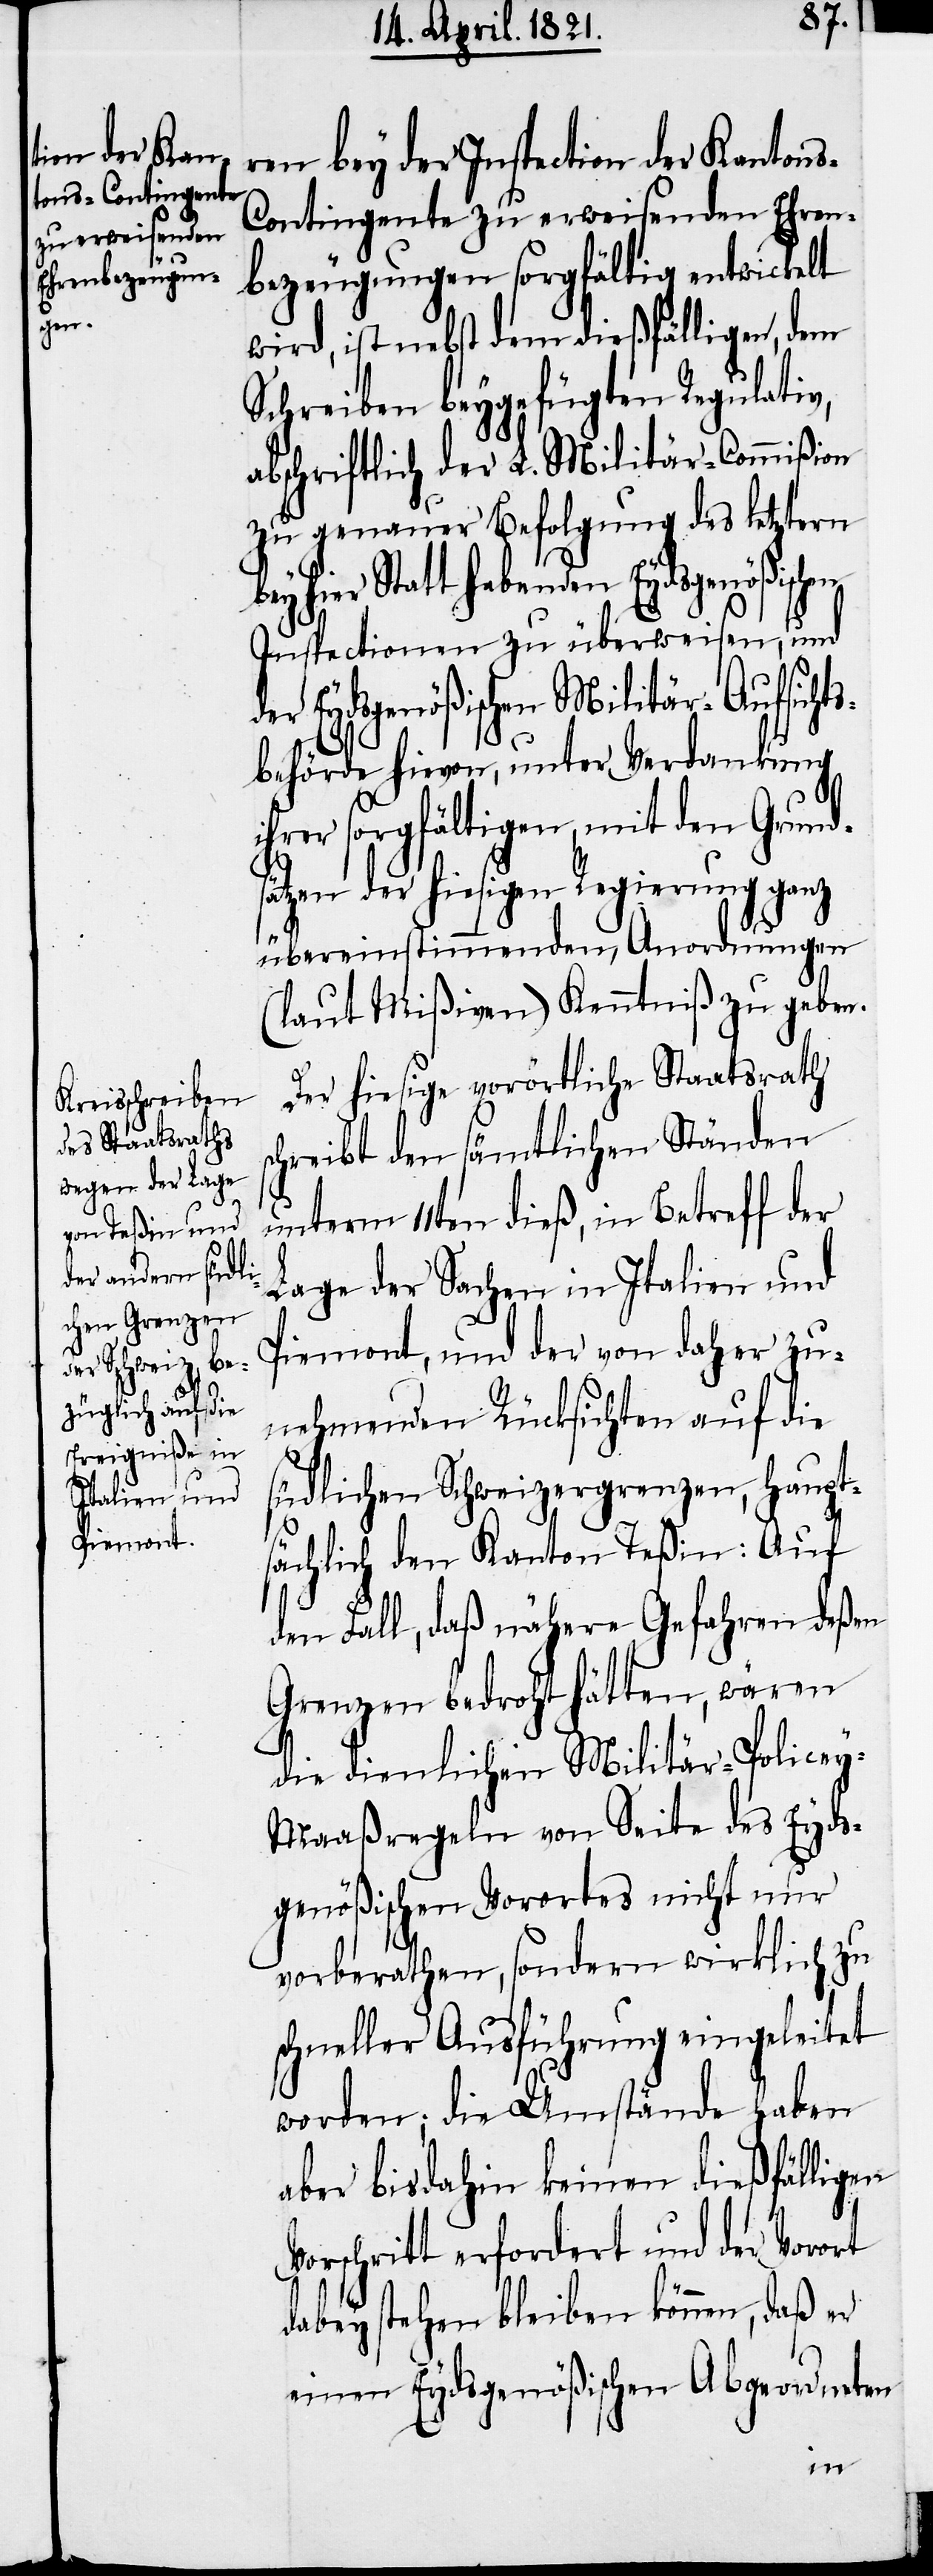
ren bey der Inspection der Kanton¬
s-Contingente zu erweisenden Ehren¬
bezeugungen sorgfältig entwickelt
wird, ist nebst dem dießfälligen, dem
Schreiben beygefügten Regulativ,
abschriftlich der L. Militär-Commißion
zu genauer Befolgung des letztern
hier Statt habenden Eydsgenößischen
Inspectionen zu überweisen, und
der Eydsgenößischen Militär-Aufsichts¬
behörde hievon, unter Verdankung
ihrer sorgfältigen, mit den Grunds¬
ätzen der hiesigen Regierung ganz
übereinstimmenden, Anordnungen
(laut Mißiven) Kenntniß zu geben.
Der hiesige vorörtliche Staatsrath
chreibt den sämtlichen Ständen
unterm 11ten dieß, in Betreff der
Lage der Sachen in Italien und
Piemont, und der von daher zu¬
nehmenden Rücksichten auf die
südlichen Schweizergrenzen, haupt¬
sächlich den Kanton Teßin: Auf
den Fall, daß nähere Gefahren deßen
Grenzen bedroht hätten, wären
die dienlichen Militär-Policey-M¬
aaßregeln von Seite des Vorortes
vorberathen, sondern wirklich zu
schneller Ausführung eingeleitet
worden; die Umstände haben
aber bisdahin keinen dießfälligen
Vorschritt erfordert und der Vorort
dabey stehen bleiben können, daß er
einen Eydsgenößischen Abgeordneten
nur